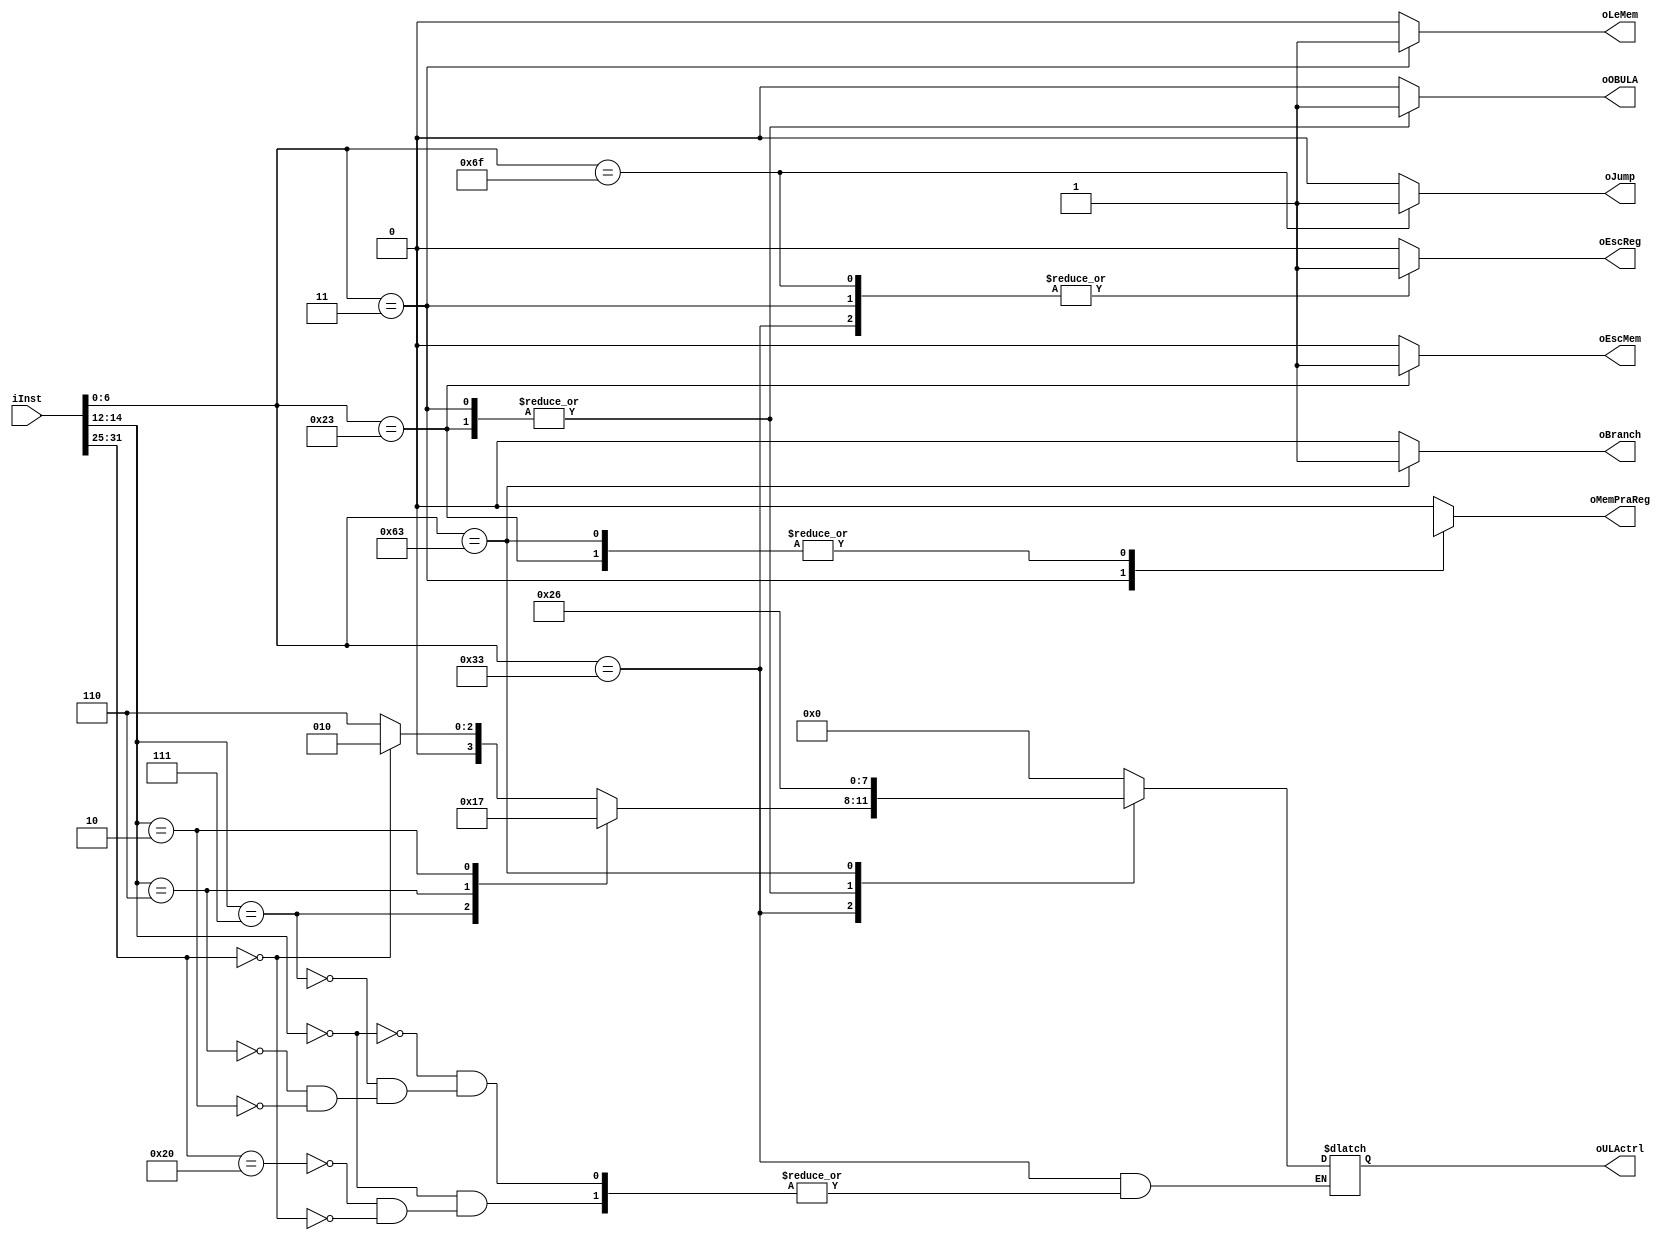
module Controlador(
	input [31:0] iInst,
	output oBranch, oLeMem, oEscMem, oMemPraReg, oEscReg, oJump,
	output [3:0] oULActrl,
	output oOBULA
);

always @(*)
begin
	case(iInst[6:0])
	
	7'b0110011:  // tipo - R
	begin
		oBranch <= 1'b0;
		oLeMem <= 1'b0;
		oEscMem <= 1'b0;
		oMemPraReg <= 1'b0;
		oEscReg <= 1'b1;
		oJump <= 1'b0;
		oOBULA <= 1'b0;
		
		case(iInst[14:12]) // func 3
			3'b0: 
				case (iInst[31:25]) //func 7
					7'b0100000: // sub
						oULActrl <= 4'b0110;
					7'b0000000: //add
						oULActrl <= 4'b0010;
				endcase
			3'b111: //and
				oULActrl <= 4'b0;
			3'b110: //or
				oULActrl <= 4'b0001;
			3'b010: //slt
				oULActrl <= 4'b0111;					 
		endcase
	end

	7'b1101111 : 	// jal
	begin
		oBranch <= 1'b0;
		oLeMem <= 1'b0;
		oEscMem <= 1'b0;
		oMemPraReg <= 1'b0;
		oULActrl <= 4'bx;
		oEscReg <= 1'b1;
		oJump <= 1'b1;
		oOBULA <= 1'b0;
	end
	
	7'b0100011  :    // SW
	begin
		oBranch <= 1'b0;
		oLeMem <= 1'b0;
		oEscMem <= 1'b1;
		oMemPraReg <= 1'bx;
		oULActrl <= 4'b10;
		oEscReg <= 1'b0;
		oJump <= 1'b0;
		oOBULA <= 1'b01;
	end
	
	7'b0000011  :    //LW
	begin
		oBranch <= 1'b0;
		oLeMem <= 1'b1;
		oEscMem <= 1'b0;
		oMemPraReg <= 1'b1; 
		oULActrl <= 4'b10;
		oEscReg <= 1'b1;
		oJump <= 1'b0;
		oOBULA <= 1'b01; 
	end
	
	7'b1100011 :    // BEQ
	begin
		oBranch <= 1'b1;
		oLeMem <= 1'b0;
		oEscMem <= 1'b0;
		oMemPraReg <= 1'bx;
		oULActrl <= 4'b110;
		oEscReg <= 1'b0;
		oJump <= 1'b0;
		oOBULA <= 1'b0;
	end
	
	default:
	begin
		oBranch <= 1'b0;
		oLeMem <= 1'b0;
		oEscMem <= 1'b0;
		oMemPraReg <= 1'b0;
		oULActrl <= 4'b0;
		oEscReg <= 1'b0;
		oJump <= 1'b0;
		oOBULA <= 1'b0;
	end
	endcase
end
endmodule